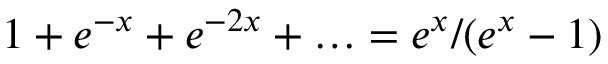
1 + e ^ { - x } + e ^ { - 2 x } + \ldots = e ^ { x } / ( e ^ { x } - 1 )